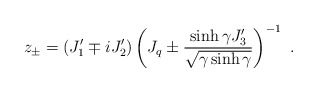
\begin{align*}z_{\pm}=(J_1^\prime\mp i J_2^\prime)\left(J_q\pm\displaystyle\frac{\sinh\gamma J_3^\prime}{\sqrt{\gamma \sinh\gamma}}\right)^{-1}~.\end{align*}